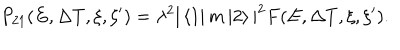
P _ { 2 1 } ( E , \Delta T , \xi , \xi ^ { \prime } ) = \lambda ^ { 2 } | \left< 1 \right| m \left| 2 \right> | ^ { 2 } F ( E , \Delta T , \xi , \xi ^ { \prime } ) .